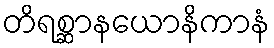
တိရစ္ဆာနယောနိကာနံ